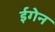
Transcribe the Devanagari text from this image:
ईगेन